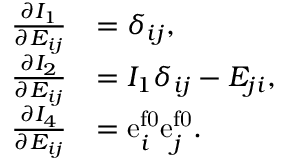
\begin{array} { r l } { \frac { \partial I _ { 1 } } { \partial E _ { i j } } } & { = \delta _ { i j } , } \\ { \frac { \partial I _ { 2 } } { \partial E _ { i j } } } & { = I _ { 1 } \delta _ { i j } - E _ { j i } , } \\ { \frac { \partial I _ { 4 } } { \partial E _ { i j } } } & { = \mathrm { e } _ { i } ^ { \mathrm { f 0 } } \mathrm { e } _ { j } ^ { \mathrm { f 0 } } . } \end{array}